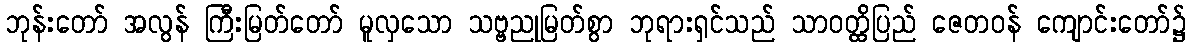
ဘုန်းတော် အလွန် ကြီးမြတ်တော် မူလှသော သဗ္ဗညုမြတ်စွာ ဘုရားရှင်သည် သာဝတ္ထိပြည် ဇေတဝန် ကျောင်းတော်၌